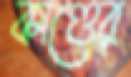
কাণ্ডের